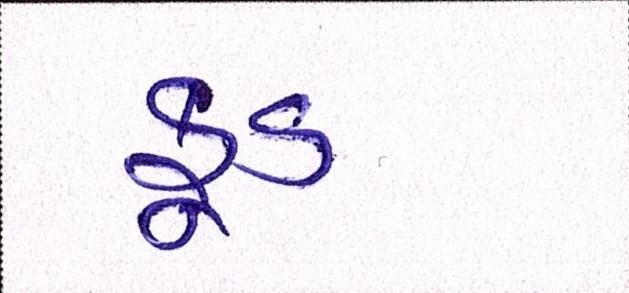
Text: ફૂડ